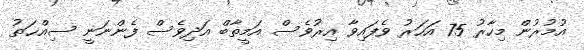
އުމުރުން މިހާރު 75 އަހަރު ވެފައިވާ އިރުވެސް އަމީތާބް އަދިވެސް ފެންނަނީ ސިއްޙަތު